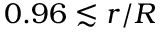
0 . 9 6 \lesssim r / R